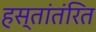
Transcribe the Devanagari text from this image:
हस्तांतंरित